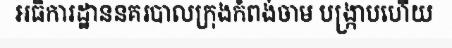
អធិការដ្ឋាននគរបាលក្រុងកំពង់ចាម បង្ក្រាបហើយ